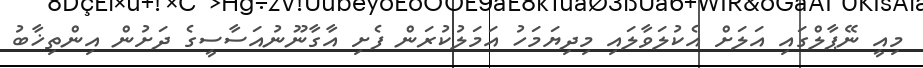
މިއީ ނޭޕާލްގައި އަލަށް އެކުލަވާލައި މިދިޔަމަހު އަމަލުކުރަން ފެށި އާގާނޫނުއަސާސީގެ ދަށުން އިންތިޚާބު